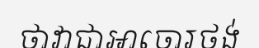
ថាវាជាអាចោរថង់